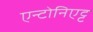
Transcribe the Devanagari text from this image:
एन्टोनिएट्ट